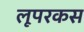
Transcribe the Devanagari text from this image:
लूपरकस